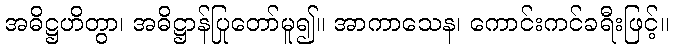
အဓိဋ္ဌဟိတွာ၊ အဓိဋ္ဌာန်ပြုတော်မူ၍။ အာကာသေန၊ ကောင်းကင်ခရီးဖြင့်။